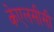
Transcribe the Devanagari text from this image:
केएलसीसी